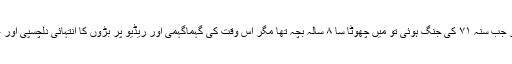
چو نکہ ہماری ذمینوں میں فوجیوں کی چھاونی بنی ہوئی تھی تو جب سنہ ۷۱ کی جنگ ہوئی تو میں چھوٹا سا ۸ سالہ بچہ تھا مگر اُس وقت کی گہماگہمی اور ریڈیو پر بڑوں کا انتہائی دلچسپی اور غور سے خبریں سننا آج بھی یاد ہے اور وہی یادگار واقعہ ہے ۔